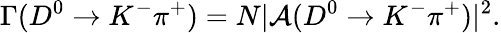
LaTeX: \Gamma(D^{0}\rightarrow K^{-}\pi^{+})=N|{\cal A}(D^{0}\rightarrow K^{-}\pi^{+})|^{2}.